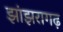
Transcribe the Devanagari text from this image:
झांझरागढ़